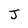
Character: J